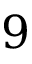
9